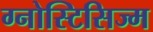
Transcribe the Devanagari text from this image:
ग्नोस्टिसिज्म